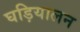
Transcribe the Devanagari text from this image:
घड़ियालन